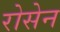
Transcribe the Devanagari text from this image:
रोसेन